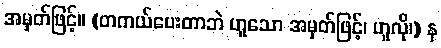
အမှတ်ဖြင့်။ (တကယ်ပေးတာဘဲ ဟူသော အမှတ်ဖြင့်၊ ဟူလို၊) န